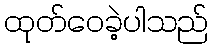
ထုတ်ဝေခဲ့ပါသည်